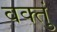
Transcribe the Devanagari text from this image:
वक्तुं